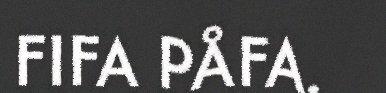
FIFA PÅFA.